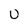
Character: U